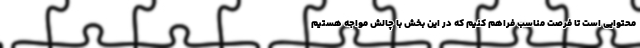
محتوایی است تا فرصت مناسب فراهم کنیم که در این بخش با چالش مواجه هستیم